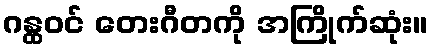
ဂန္ထဝင် တေးဂီတကို အကြိုက်ဆုံး။